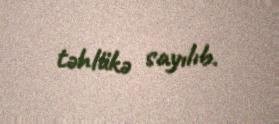
təhlükə sayılıb.